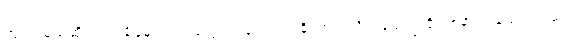
ကျလာမယ်ဆိုရင် တချိန်မှာ လက်တွေ့ အသုံးဝင်လာနိုင်တယ်လို့ ပါမောက္ခ ရိုက်စနာက ပြောပါတယ်။